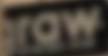
raw